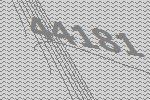
44181